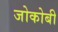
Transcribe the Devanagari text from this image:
जोकोबी